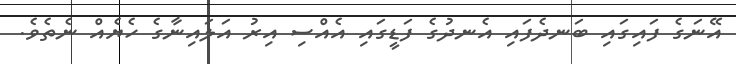
އޭނަގެ ފައިގައި ބަނދެފައި އެނދުގެ ފަޑީގައި އެއްސި އިރު އަލައިނާގެ ހެޔެއް ނެތެވެ.